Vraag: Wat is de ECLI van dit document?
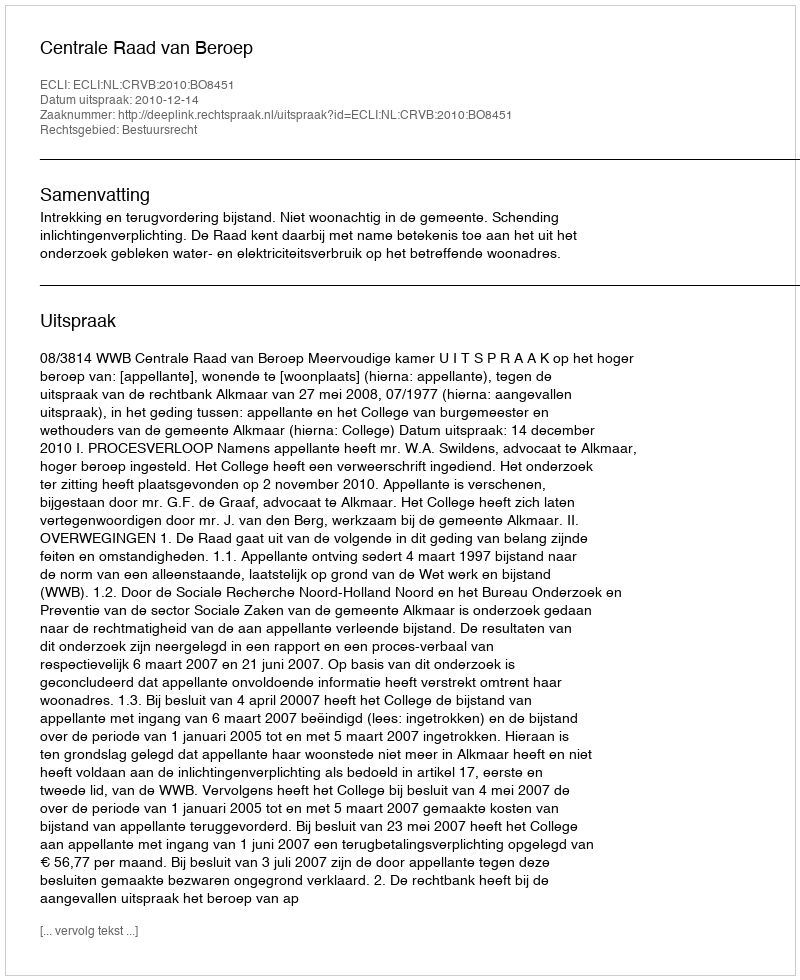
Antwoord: ECLI:NL:CRVB:2010:BO8451